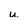
Character: u